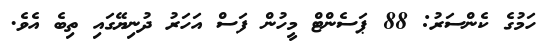
ހަމުގެ ކެންސަރު: 88 ޕަސެންޓް މީހުން ފަސް އަހަރު ދުނިޔޭގައި ތިބެ އެވެ.